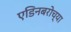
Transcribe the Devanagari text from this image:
एडिनबरोच्या